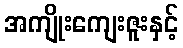
အကျိုးကျေးဇူးနှင့်